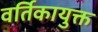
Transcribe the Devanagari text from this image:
वर्तिकायुक्त